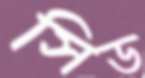
সিড